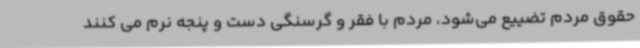
حقوق مردم تضییع می‌شود، مردم با فقر و گرسنگی دست و پنجه نرم می کنند